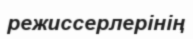
режиссерлерінің